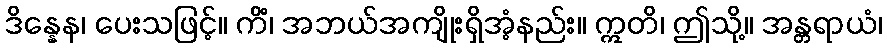
ဒိန္နေန၊ ပေးသဖြင့်။ ကိံ၊ အဘယ်အကျိုးရှိအံ့နည်း။ ဣတိ၊ ဤသို့။ အန္တရာယံ၊